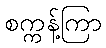
စက္ကန့်ကြာ